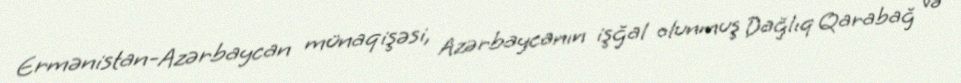
Ermənistan-Azərbaycan münaqişəsi, Azərbaycanın işğal olunmuş Dağlıq Qarabağ və